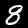
Digit: 8